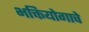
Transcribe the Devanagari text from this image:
भक्तियोगाचे